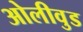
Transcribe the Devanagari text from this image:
ओलीवुड